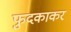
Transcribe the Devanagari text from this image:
फुदकाकर